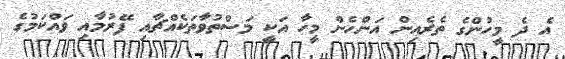
އެ ދެ މީހުންގެ ތެރެއިން އަންހެން މީހާ އަކީ މަސްތުވާތަކެއްޗާއި ފޭރުމާއި ވައްކަމުގެ